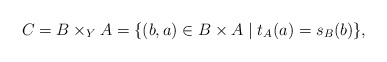
\begin{align*}C = B\times_Y A = \{(b,a)\in B\times A\mid t_A(a) = s_B(b)\},\end{align*}